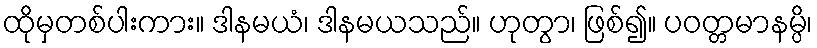
ထိုမှတစ်ပါးကား။ ဒါနမယံ၊ ဒါနမယသည်။ ဟုတွာ၊ ဖြစ်၍။ ပဝတ္တမာနမ္ပိ၊